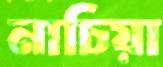
নাচিয়া